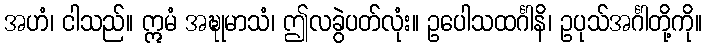
အဟံ၊ ငါသည်။ ဣမံ အဍ္ဎုမာသံ၊ ဤလခွဲပတ်လုံး။ ဥပေါသထင်္ဂါနိ၊ ဥပုသ်အင်္ဂါတို့ကို။